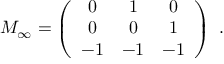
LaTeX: { \cal M } _ { \infty } = \left( \begin{array} { c c c } { { 0 } } & { { 1 } } & { { 0 } } \\ { { 0 } } & { { 0 } } & { { 1 } } \\ { { - 1 } } & { { - 1 } } & { { - 1 } } \end{array} \right) \ .